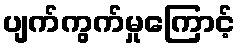
ပျက်ကွက်မှုကြောင့်